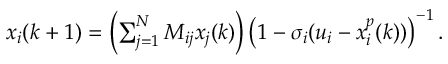
\begin{array} { r } { x _ { i } ( k + 1 ) = \left( \sum _ { j = 1 } ^ { N } M _ { i j } x _ { j } ( k ) \right) \left( 1 - \sigma _ { i } ( u _ { i } - x _ { i } ^ { p } ( k ) ) \right) ^ { - 1 } . } \end{array}